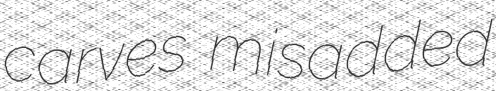
carves misadded